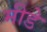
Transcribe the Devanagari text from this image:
मीडे